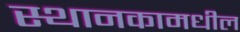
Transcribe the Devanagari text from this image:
स्थानकामधील